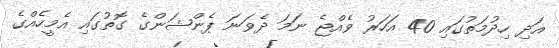
އަދި ހިދުމަތުގައި 40 އަހަރު ވެއްޖެ ނަމަ ދެވަނަ ޕެންޝަންގެ ގޮތުގައި އެމީހެއްގެ